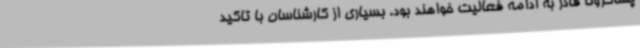
پساکرونا قادر به ادامه فعالیت خواهند بود. بسیاری از کارشناسان با تاکید